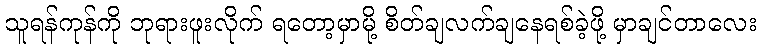
သူရန်ကုန်ကို ဘုရားဖူးလိုက် ရတော့မှာမို့ စိတ်ချလက်ချနေရစ်ခဲ့ဖို့ မှာချင်တာလေး